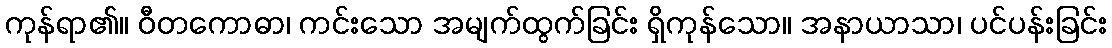
ကုန်ရာ၏။ ဝီတကောဓာ၊ ကင်းသော အမျက်ထွက်ခြင်း ရှိကုန်သော။ အနာယာသာ၊ ပင်ပန်းခြင်း